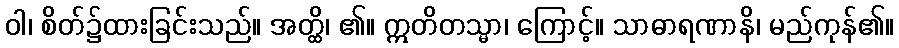
ဝါ၊ စိတ်၌ထားခြင်းသည်။ အတ္ထိ၊ ၏။ ဣတိတသ္မာ၊ ကြောင့်။ သာဓာရဏာနိ၊ မည်ကုန်၏။